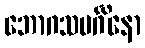
ဘောဂသမင်္ဂိနော